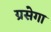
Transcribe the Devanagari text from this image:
ग्रसेगा